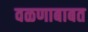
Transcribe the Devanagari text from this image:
वळणाबाबत